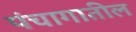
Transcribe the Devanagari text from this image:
पंचागातील